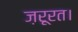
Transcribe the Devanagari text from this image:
ज़रूरत।